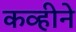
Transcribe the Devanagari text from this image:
कव्हीने